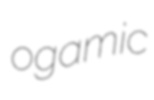
ogamic